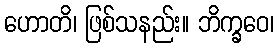
ဟောတိ၊ ဖြစ်သနည်း။ ဘိက္ခဝေ၊